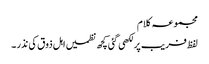
مجموعہ کلام
لفظ فریب پر لکھی گئی کچھ نظمیں اہل ذوق کی نذر ۔